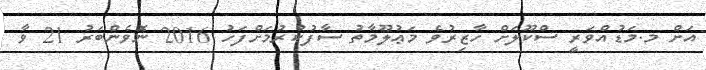
އަށް މ.މަޑުއްވަރީ ސްކޫލަށް ހާޒިރުވެ މަޢުލޫމާތު ސާފުކުރުމަށްފަހު 2016 ނޮވެންބަރު 21 ވާ